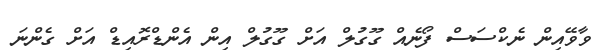
ވާވޭއިން ނެކްސަސް ފޯނެއް ގޫގުލް އަށް ގޫގުލް އިން އެންޑްރޮއިޑް އަށް ގެންނަ